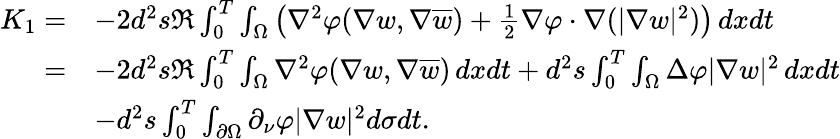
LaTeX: \begin{array}{rl}{K_{1}=}&{-2d^{2}s\Re\int_{0}^{T}\int_{\Omega}\left(\nabla^{2}\varphi(\nabla w,\nabla\overline{{w}})+\frac{1}{2}\nabla\varphi\cdot\nabla(|\nabla w|^{2})\right)\, dxdt}\\ {=}&{-2d^{2}s\Re\int_{0}^{T}\int_{\Omega}\nabla^{2}\varphi(\nabla w,\nabla\overline{{w}})\, dxdt+d^{2}s\int_{0}^{T}\int_{\Omega}\Delta\varphi|\nabla w|^{2}\, dxdt}\\ &{-d^{2}s\int_{0}^{T}\int_{\partial\Omega}\partial_{\nu}\varphi|\nabla w|^{2}d\sigma dt.}\end{array}